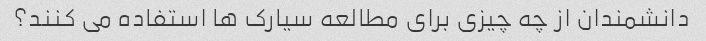
دانشمندان از چه چیزی برای مطالعه سیارک ها استفاده می کنند؟